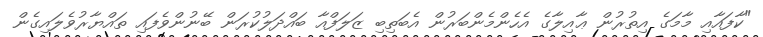
"ކާފައާއި މާމަގެ އިތުރުން ޢާއިލާގެ އެހެންމެންބަރުން އެބަތިބި ޒަލަފްއާ ބައްދަލުކުރަން ބޭނުންވެފައި ތައްޔާރުވެލައިގެން